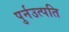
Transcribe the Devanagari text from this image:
पुर्नउत्पति